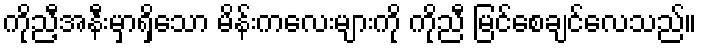
ကိုညီ့အနီးမှာရှိသော မိန်းကလေးများကို ကိုညီ မြင်စေချင်လေသည်။